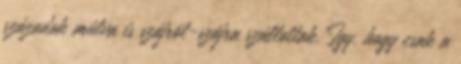
századok múlva is szájról-szájra szállottak. Így, hogy csak a